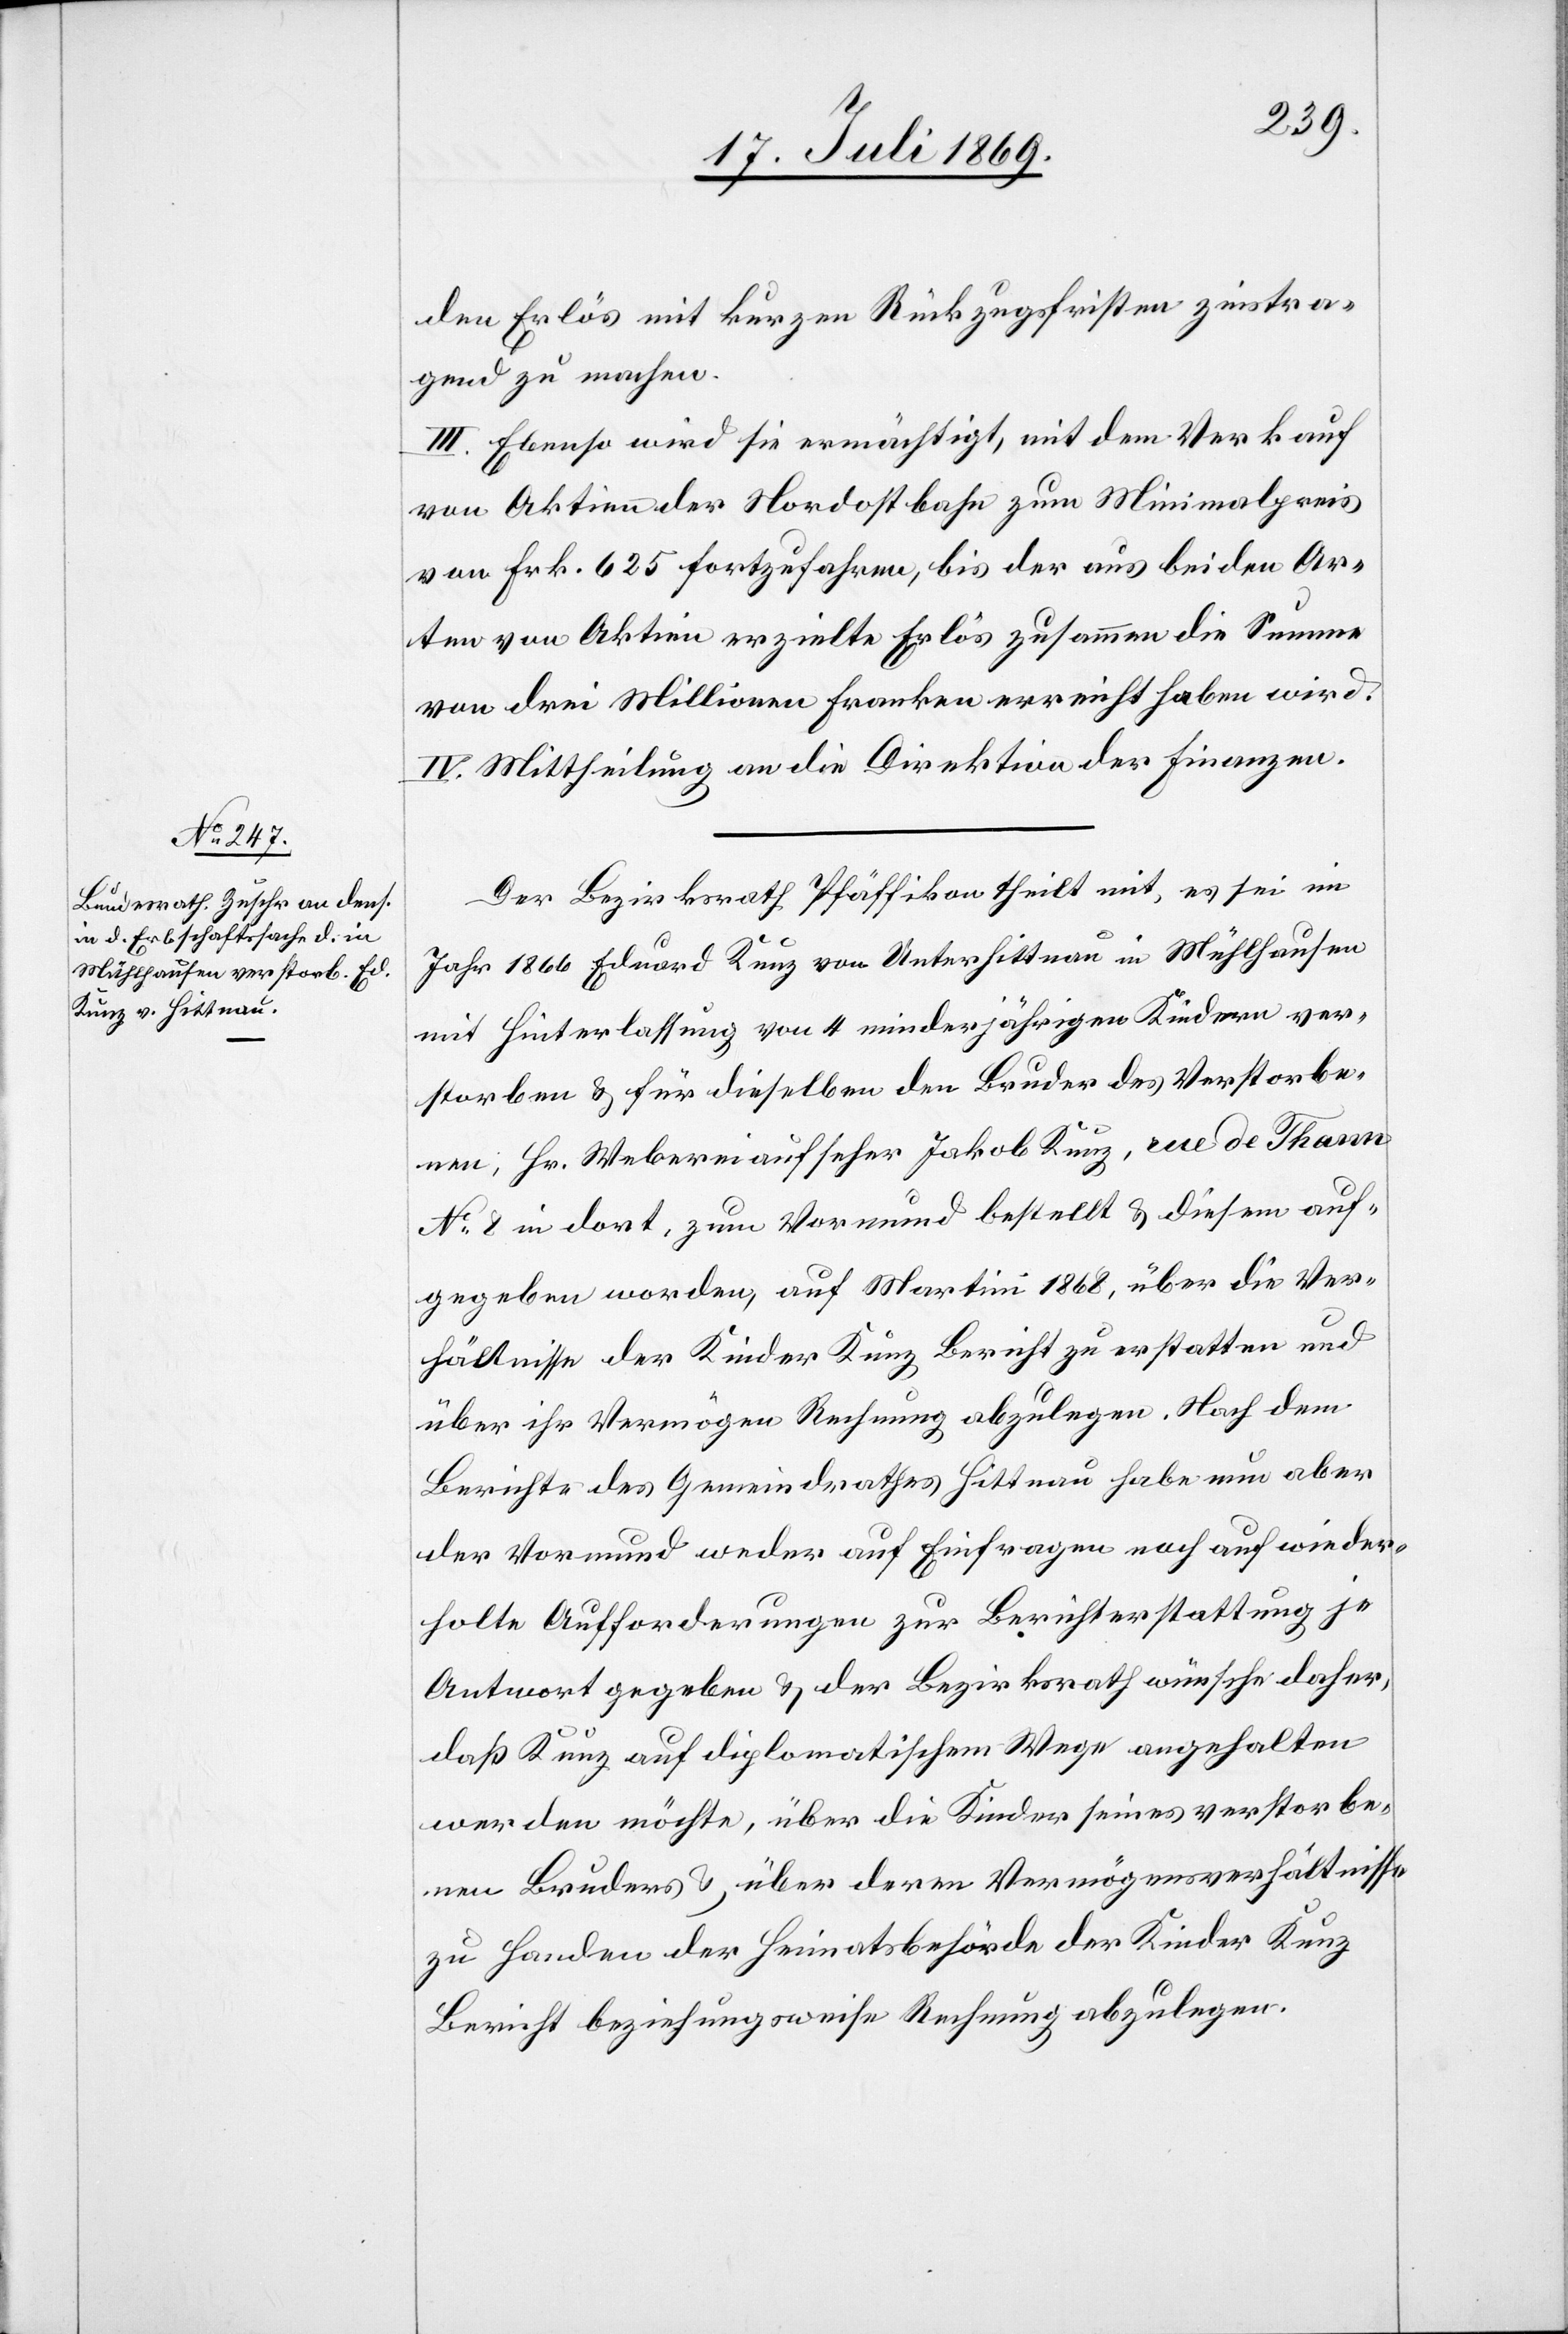
den Erlös mit kurzen Rückzugsfristen zinstra¬
gend zu machen.
III. Ebenso wird sie ermächtigt, mit dem Verkauf
von Aktien der Nordostbahn zum Minimalpreis
von Frk. 625 fortzufahren, bis der aus beiden Ar¬
ten von Aktien erzielte Erlös zusammen die Summe
von drei Millionen Franken erreicht haben wird.
IV. Mittheilung an die Direktion der Finanzen.
Der Bezirksrath Pfäffikon theilt mit, es sei im
Jahr 1866 Eduard Kunz von Unterhittnau in Mühlhausen
mit Hinterlassung von 4 minderjährigen Kindern ver¬
storben u. für dieselben den Bruder des Verstorbe¬
nen, Hr. Webereiaufseher Jakob Kunz, rue de Thann
N° 8 in dort, zum Vormund bestellt u. diesem auf¬
gegeben worden, auf Martini 1868, über die Ver¬
hältnisse der Kinder Kunz Bericht zu erstatten und
über ihr Vermögen Rechnung abzulegen. Nach dem
Berichte des Gemeindrathes Hittnau habe nun aber
der Vormund weder auf Einfragen noch auf wieder¬
holte Aufforderungen zur Berichterstattung je
Antwort gegeben u. der Bezirksrath wünsche daher,
daß Kunz auf diplomatischem Wege angehalten
werden möchte, über die Kinder seines verstorbe¬
nen Bruders u. über deren Vermögensverhältnisse
zu Handen der Heimatsbehörde der Kinder Kunz
Bericht beziehungsweise Rechnung abzulegen.